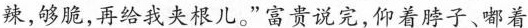
辣,够脆,再给我夹根儿。”窝贵说完,仰着脖子、嘟着